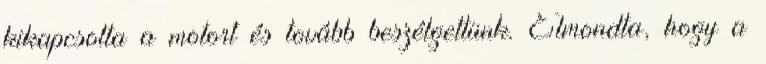
kikapcsolta a motort és tovább beszélgettünk. Elmondta, hogy a